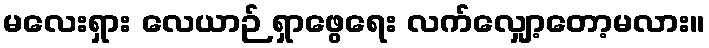
မလေးရှား လေယာဉ် ရှာဖွေရေး လက်လျှော့တော့မလား။